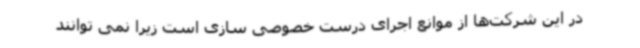
در این شرکت‌ها از موانع اجرای درست خصوصی سازی است زیرا نمی توانند